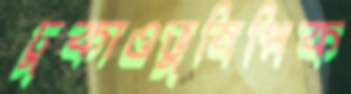
ঢুকাওভুষিপিক